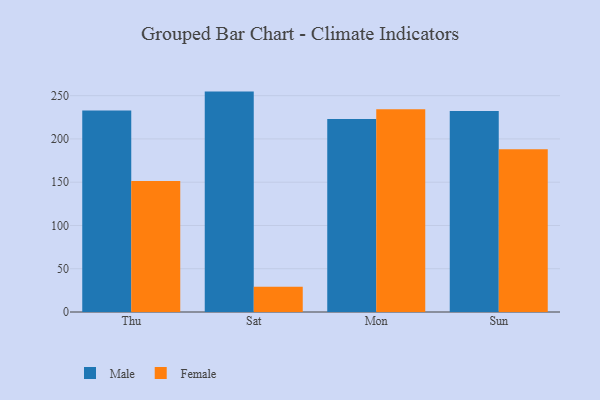
{"axis": {"x": "Day", "y": "Waste Production (Tons)"}, "legend": ["Female", "Male"], "data": [{"x": "Thu", "y": 232.8, "type": "Male"}, {"x": "Thu", "y": 151.5, "type": "Female"}, {"x": "Sat", "y": 254.7, "type": "Male"}, {"x": "Sat", "y": 29.2, "type": "Female"}, {"x": "Mon", "y": 223.0, "type": "Male"}, {"x": "Mon", "y": 234.3, "type": "Female"}, {"x": "Sun", "y": 232.3, "type": "Male"}, {"x": "Sun", "y": 188.2, "type": "Female"}]}